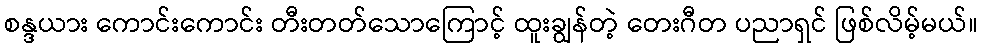
စန္ဒယား ကောင်းကောင်း တီးတတ်သောကြောင့် ထူးချွန်တဲ့ တေးဂီတ ပညာရှင် ဖြစ်လိမ့်မယ်။